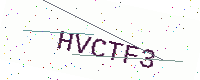
Text: HVCTF3